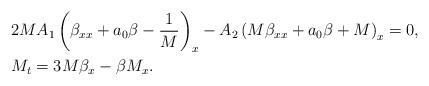
LaTeX: \begin{align*}&2MA_1\left(\beta_{xx}+a_0\beta-\frac{1}{M}\right)_x-A_2\left(M\beta_{xx}+a_0\beta+M\right)_x=0,\\&M_t=3M\beta_x-\beta M_x.\end{align*}